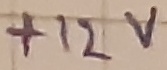
Text: +12V